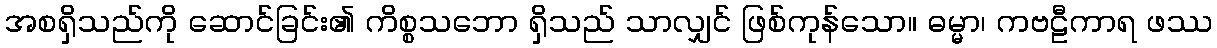
အစရှိသည်ကို ဆောင်ခြင်း၏ ကိစ္စသဘော ရှိသည် သာလျှင် ဖြစ်ကုန်သော။ ဓမ္မာ၊ ကဗဠီကာရ ဖဿ